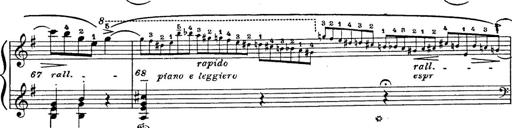
Title: 6 Polish Songs
Composer: Franz Liszt